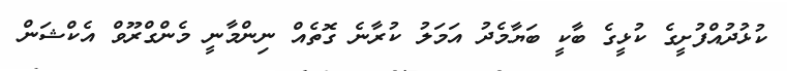
ކުޅުދުއްފުށީގެ ކުޅީގެ ބާކީ ބަޔާމެދު އަމަލު ކުރާނެ ގޮތެއް ނިންމާނީ މެންގްރޫވް އެކްޝަން